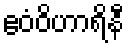
ဧဝံဝိဟာရိနီ